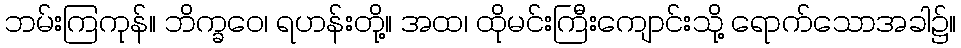
ဘမ်းကြကုန်။ ဘိက္ခဝေ၊ ရဟန်းတို့။ အထ၊ ထိုမင်းကြီးကျောင်းသို့ ရောက်သောအခါ၌။